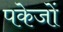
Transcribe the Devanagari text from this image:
पकेजों